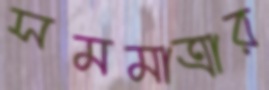
সমমাত্রার